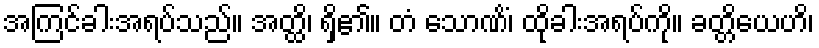
အကြင်ခါးအရပ်သည်။ အတ္ထိ၊ ရှိ၏။ တံ သောဏိံ၊ ထိုခါးအရပ်ကို။ ခတ္တိယေဟိ၊